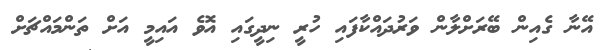
އޭނާ ގެއިން ބޭރަށްލާން ވަރުދައްކާފައި ހުރީ ނިދީގައި އޮވެ އައިމީ އަށް ތަންމައްޗަށް